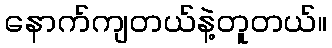
နောက်ကျတယ်နဲ့တူတယ်။